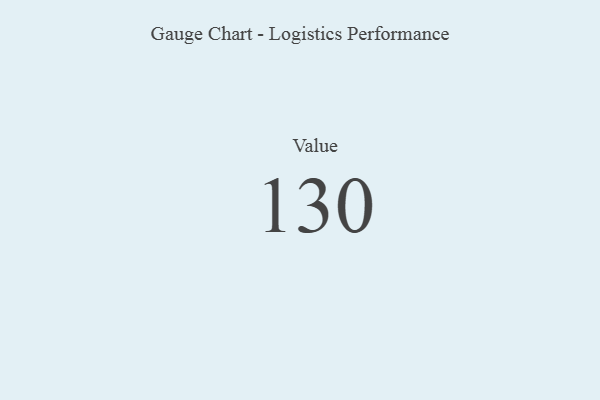
{"axis": {"x": "Metric", "y": "Value"}, "legend": [""], "data": [{"x": "Value", "y": 130, "type": ""}]}